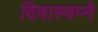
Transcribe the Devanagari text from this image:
दिवास्वप्ने